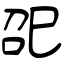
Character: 巶